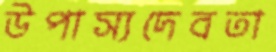
উপাস্যদেবতা